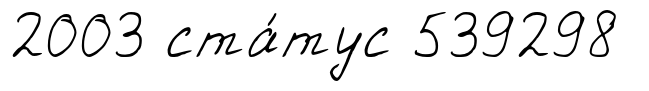
2003 ста́тус 539298